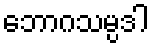
ဘောဂသမ္ပဒါ